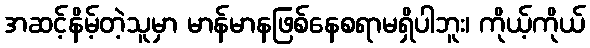
အဆင့်နိမ့်တဲ့သူမှာ မာန်မာနဖြစ်နေစရာမရှိပါဘူး၊ ကိုယ့်ကိုယ်